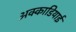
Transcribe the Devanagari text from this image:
अक्काडियाई